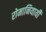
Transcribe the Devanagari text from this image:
रोमानियायी